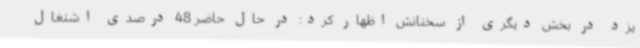
یزد در بخش دیگری از سخنانش اظهار کرد: در حال حاضر 48 درصدی اشتغال